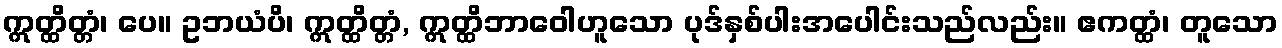
ဣတ္ထိတ္တံ၊ ပေ။ ဥဘယံပိ၊ ဣတ္ထိတ္တံ, ဣတ္ထိဘာဝေါဟူသော ပုဒ်နှစ်ပါးအပေါင်းသည်လည်း။ ဧကတ္ထံ၊ တူသော